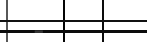
-